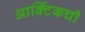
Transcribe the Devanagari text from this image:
आर्क्टिकची